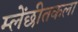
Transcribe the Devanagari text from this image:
म्लेंछीतकला